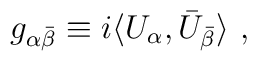
g_{\alpha\bar\beta}\equiv i\langle U_{\alpha},\bar U_{\bar\beta}\rangle \ ,